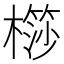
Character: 𣜤